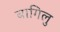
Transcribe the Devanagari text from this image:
बागिलु